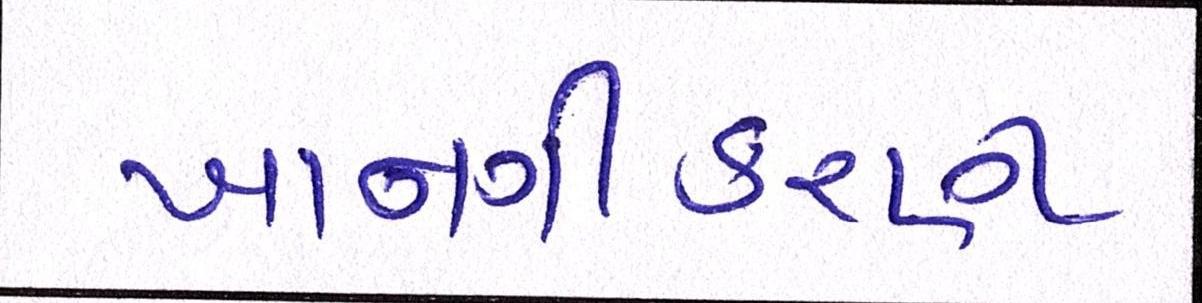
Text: ખાનગીકરણ